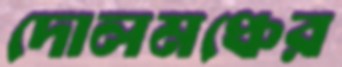
দোলমঞ্চের